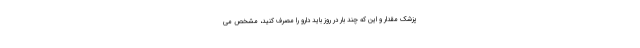
پزشک مقدار و این که چند بار در روز باید دارو را مصرف کنید، مشخص می